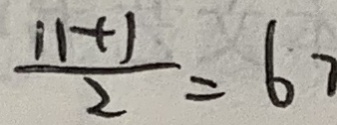
\frac { ( 1 1 + 1 ) } { 2 } = 6 7